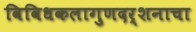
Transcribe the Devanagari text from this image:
विविधकलागुणदर्शनाचा